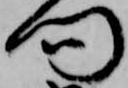
門